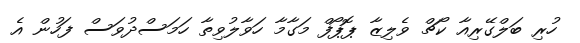
ހުރި ބަލްގޭރިއާ ކޯޗް ވެލިޒާ ޕޮޕޯފް މަގާމާ ހަވާލުވިތާ ހަމަސްދުވަސް ފަހުން އެ